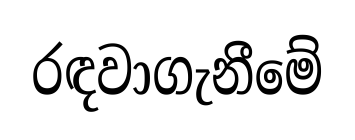
රඳවාගැනීමේ